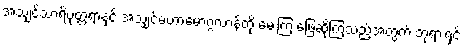
အသျှင်သာရိပုတ္တရာနှင့် အသျှင်မဟာမောဂ္ဂလာန်တို့ မေးကြ ဖြေဆိုကြသည့်အတွက် ဘုရားရှင်